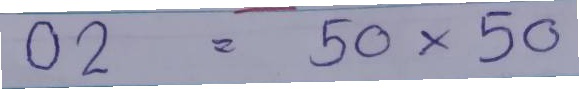
02 = 50x50